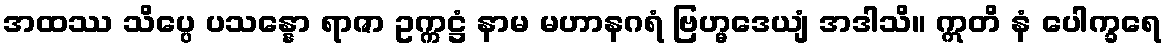
အထဿ သိပ္ပေ ပသန္နော ရာဇာ ဥက္ကဋ္ဌံ နာမ မဟာနဂရံ ဗြဟ္မဒေယျံ အဒါသိ။ ဣတိ နံ ပေါက္ခရေ